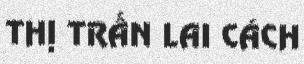
THỊ TRẤN LAI CÁCH